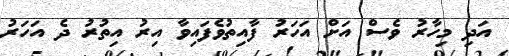
އަދި މިހާރު ވެސް އަށް އަހަރު ފާއިތުވެފައިވާ އިރު އިތުރު ދެ އަހަރު